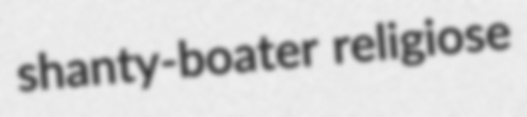
shanty-boater religiose